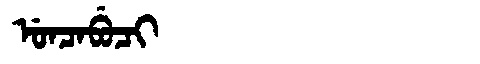
Manchu: ᡠᠨᠴᠠᠪᡠᠴᡳ
Romanization: UNCABUCI